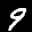
Label: 9